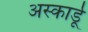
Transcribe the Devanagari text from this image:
अस्कार्डू